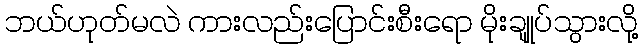
ဘယ်ဟုတ်မလဲ ကားလည်းပြောင်းစီးရော မိုးချုုပ်သွားလို့